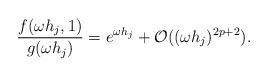
\begin{align*}\frac{f(\omega h_j,1)}{g(\omega h_j)} = e^{\omega h_j} + \mathcal{O}((\omega h_j)^{2p+2}).\end{align*}